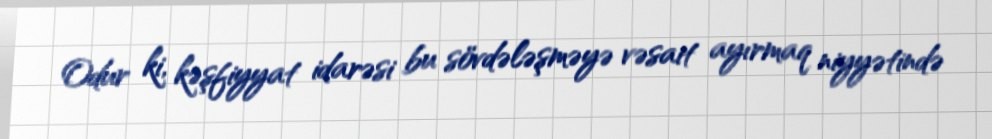
Odur ki, kəşfiyyat idarəsi bu sövdələşməyə vəsait ayırmaq niyyətində